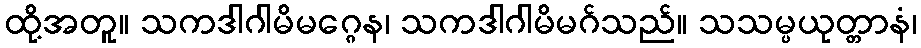
ထို့အတူ။ သကဒါဂါမိမဂ္ဂေန၊ သကဒါဂါမိမဂ်သည်။ သသမ္ပယုတ္တာနံ၊